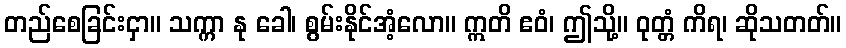
တည်စေခြင်းငှာ။ သက္ကာ နု ခေါ၊ စွမ်းနိုင်အံ့လော။ ဣတိ ဧဝံ၊ ဤသို့။ ဝုတ္တံ ကိရ၊ ဆိုသတတ်။